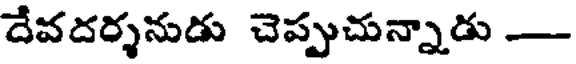
దేవదర్శనుడు చెప్పుచున్నాడు -